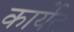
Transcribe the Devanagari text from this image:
कार्येत